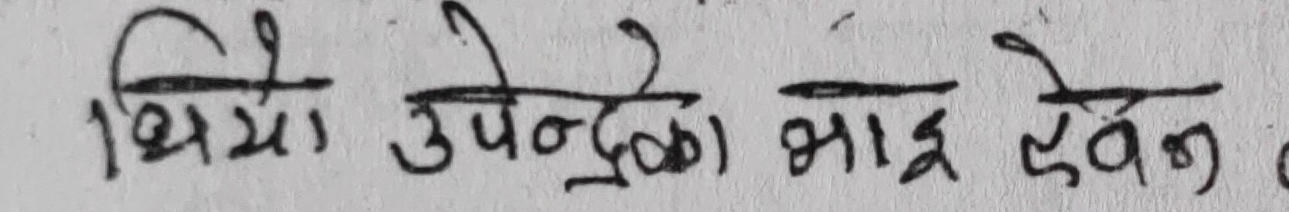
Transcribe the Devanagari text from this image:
थियो उपेन्द्रको भाइ देवेन्द्र